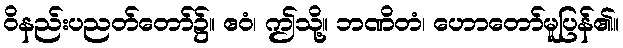
ဝိနည်းပညတ်တော်၌။ ဧဝံ၊ ဤသို့။ ဘဏိတံ၊ ဟောတော်မူပြန်၏။